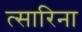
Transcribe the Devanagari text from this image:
त्सारिना